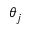
\theta _ { j }